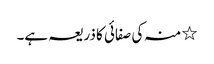
٭ منہ کی صفائی کا ذریعہ ہے۔